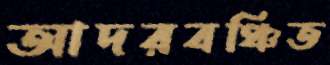
আদরবঞ্চিত